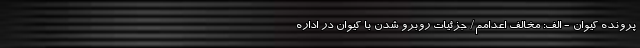
پرونده کیوان - الف: مخالف اعدامم/ جزئیات روبرو شدن با کیوان در اداره